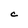
Character: C